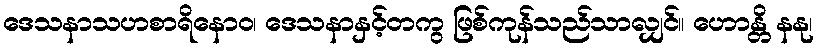
ဒေသနာသဟစာရိနောဝ၊ ဒေသနာနှင့်တကွ ဖြစ်ကုန်သည်သာလျှင်။ ဟောန္တိ နနု၊